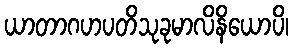
ယာတာဂဟပတိသုခုမာလိနိယောပိ၊